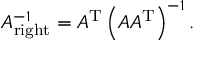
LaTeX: A _ { \mathrm { r i g h t } } ^ { - 1 } = A ^ { \mathrm { T } } \left( A A ^ { \mathrm { T } } \right) ^ { - 1 } .